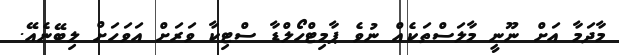
މާދަމާ އަށް ނޫނީ މާލަސްތަކެއް ނުވެ ޕާމިޓްހޯލްޑާ ސްޓިކާ ވަރަށް އަވަހަށް ލިބޭނެއޭ.